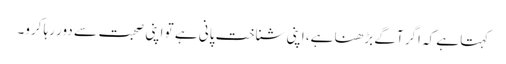
کہتا ہے کہ اگر آگے بڑھنا ہے، اپنی شناخت پانی ہے تو اپنی صحبت سے دور رہا کرو۔